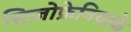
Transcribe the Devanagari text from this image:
सिज़ोफ्रेनियाके